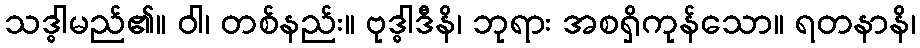
သဒ္ဓါမည်၏။ ဝါ၊ တစ်နည်း။ ဗုဒ္ဓါဒီနိ၊ ဘုရား အစရှိကုန်သော။ ရတနာနိ၊